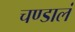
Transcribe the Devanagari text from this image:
चण्डालं